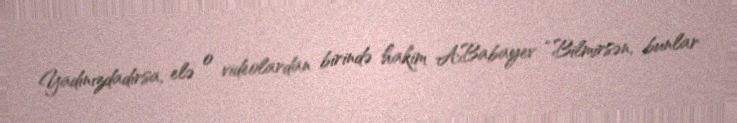
Yadınızdadırsa, elə o videolardan birində hakim A.Babayev “Bilmirsən, bunlar